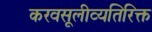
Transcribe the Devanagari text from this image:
करवसूलीव्यतिरिक्त